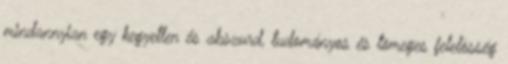
mindannyian egy kegyetlen és abszurd, tudományos és tömeges felelõsség